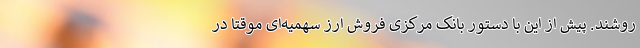
روشند. پیش از این با دستور بانک مرکزی فروش ارز سهمیه‌ای موقتاً در